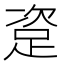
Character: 𰸏